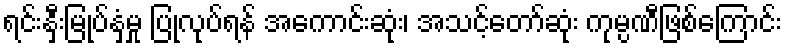
ရင်းနှီးမြုပ်နှံမှု ပြုလုပ်ရန် အကောင်းဆုံး၊ အသင့်တော်ဆုံး ကုမ္ပဏီဖြစ်ကြောင်း